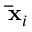
\mathbf { \bar { x } } _ { i }